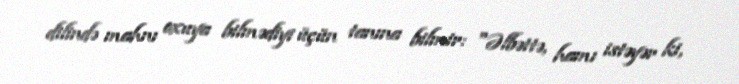
dilində mahnı oxuya bilmədiyi üçün tanına bilmir: "Əlbəttə, hamı istəyər ki,